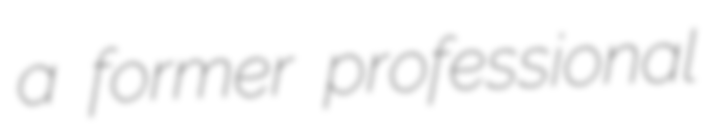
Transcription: a former professional